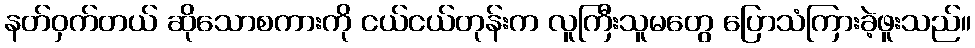
နတ်ဝှက်တယ် ဆိုသောစကားကို ငယ်ငယ်တုန်းက လူကြီးသူမတွေ ပြောသံကြားခဲ့ဖူးသည်။